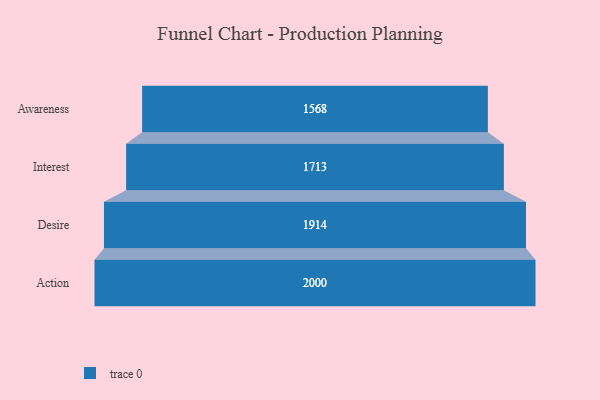
{"axis": {"x": "Stage", "y": "Value"}, "legend": [""], "data": [{"x": "Awareness", "y": 1568.0, "type": ""}, {"x": "Interest", "y": 1713.0, "type": ""}, {"x": "Desire", "y": 1914.0, "type": ""}, {"x": "Action", "y": 2000, "type": ""}]}